Annual report of the Bengal Veterinary College and of the Civil Veterinary Department, Bengal, for the year 1913-1914 - 1913-1914
Year: 1913
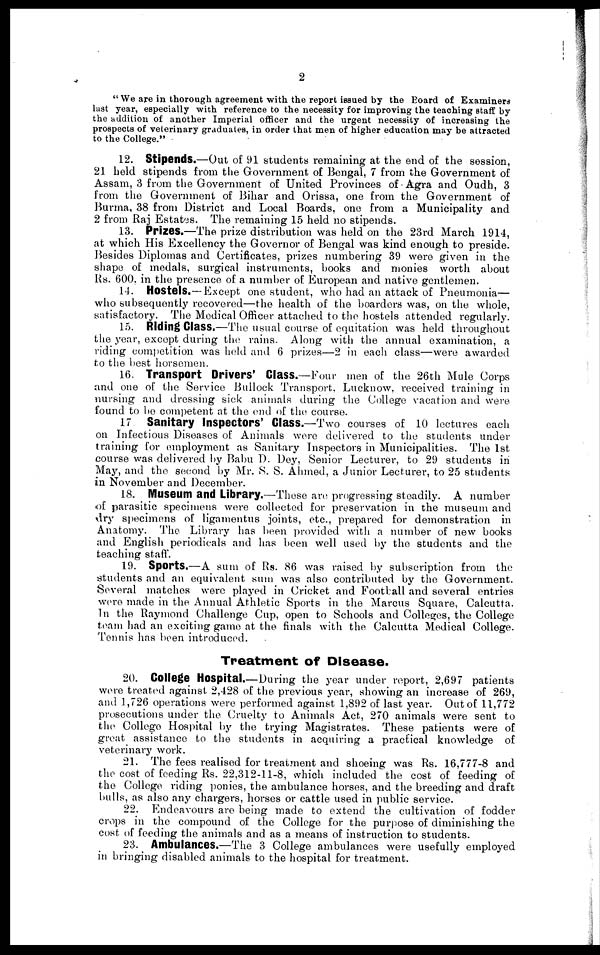
2
" We are in thorough agreement with the report issued by the Board of Examiners
lust year, especially with reference to the necessity for improving the teaching staff by
the addition of another Imperial officer and the urgent necessity of increasing the
prospects of veterinary graduates, in order that men of higher education may be attracted
to the College."
12. Stipends.—Out of 91 students remaining at the end of the session,
21 held stipends from the Government of Bengal, 7 from the Government of
Assam, 3 from the Government of United Provinces of Agra and Oudh, 3
from the Government of Bihar and Orissa, one from the Government of
Burma, 38 from District and Local Boards, one from a Municipality and
2 from Raj Estates. The remaining 15 held no stipends.
13. Prizes.—The prize distribution was held on the 23rd March 1914,
at which His Excellency the Governor of Bengal was kind enough to preside.
Besides Diplomas and Certificates, prizes numbering 39 were given in the
shape of medals, surgical instruments, books and monies worth about
Rs. 600, in the presence of a number of European and native gentlemen.
14. Hostels.—Except one student, who had an attack of Pneumonia—
who subsequently recovered—the health of the boarders was, on the whole,
satisfactory. The Medical Officer attached to the hostels attended regularly.
15. Riding Class.—The usual course of equitation was held throughout
the year, except during the rains. Along with the annual examination, a
riding competition was held and 6 prizes—2 in each class—were awarded
to the best horsemen.
16. Transport Drivers' Class.—Four men of the 26th Mule Corps
and one of the Service Bullock Transport. Lucknow, received training in
nursing and dressing sick animals during the College vacation and were
found to be competent at the end of the course.
17 Sanitary Inspectors' Class.—Two courses of 10 lectures each
on Infectious Diseases of Animals were delivered to the students under
training for employment as Sanitary Inspectors in Municipalities. The 1st
course was delivered by Babu D. Dey, Senior Lecturer, to 29 students in
May, and the second by Mr. S. S. Ahmed, a Junior Lecturer, to 25 students
in November and December.
18. Museum and Library.—Those are progressing steadily. A number
of parasitic specimens were collected for preservation in the museum and
dry specimens of ligamentus joints, etc., prepared for demonstration in
Anatomy. The Library has been provided with a number of new books
and English periodicals and has been well used by the students and the
teaching staff.
19. Sports.—A sum of Rs. 86 was raised by subscription from the
students and an equivalent sum was also contributed by the Government.
Several matches were played in Cricket and Football and several entries
were made in the Annual Athletic Sports in the Marcus Square, Calcutta.
In the Raymond Challenge Cup, open to Schools and Colleges, the College
team had an exciting game at the finals with the Calcutta Medical College.
Tennis has been introduced.
Treatment of Disease.
20. College Hospital
During the year under report, 2,697 patients
were treated against 2,428 of the previous year, showing an increase of 269,
and 1,726 operations were performed against 1,892 of last year. Out of 11,772
prosecutions under the Cruelty to Animals Act, 270 animals were sent to
the College Hospital by the trying Magistrates. These patients were of
great assistance to the students in acquiring a practical knowledge of
veterinary work.
21. The fees realised for treatment and shoeing was Rs. 16,777-8 and
the cost of feeding Rs. 22,312-11-8, which included the cost of feeding of
the College riding ponies, the ambulance horses, and the breeding and draft
bulls, as also any chargers, horses or cattle used in public service.
22. Endeavours are being made to extend the cultivation of fodder
crops in the compound of the College for the purpose of diminishing the
cost of feeding the animals and as a means of instruction to students.
23. Ambulances.—The 3 College ambulances were usefully employed
in bringing disabled animals to the hospital for treatment.